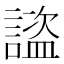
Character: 𧫺